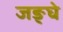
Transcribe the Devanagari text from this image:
जङ्घे